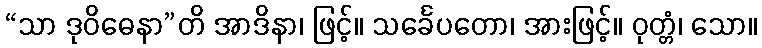
“သာ ဒုဝိဓေနာ”တိ အာဒိနာ၊ ဖြင့်။ သင်္ခေပတော၊ အားဖြင့်။ ဝုတ္တံ၊ သော။